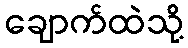
ချောက်ထဲသို့